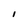
Character: l